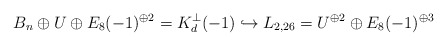
\begin{align*}B_n \oplus U \oplus E_8(-1)^{\oplus 2} = K_d^\perp(-1) \hookrightarrow L_{2,26} = U^{\oplus 2} \oplus E_8(-1)^{\oplus 3}\end{align*}